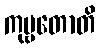
ကုဗ္ဗတောတိ